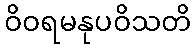
ဝိဝရမနုပဝိသတိ